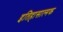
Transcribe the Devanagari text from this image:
इतिहासात्मक